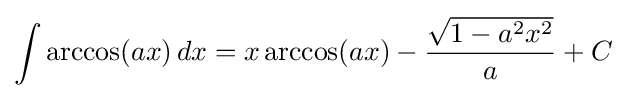
\int \arccos(ax)\,dx=x\arccos(ax)-{\frac {\sqrt {1-a^{2}x^{2}}}{a}}+C